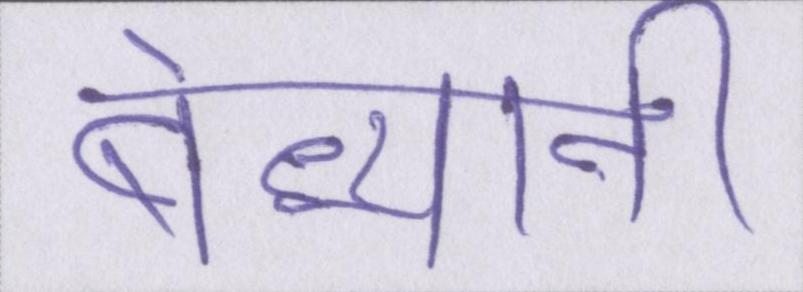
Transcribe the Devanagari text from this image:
बेध्यानी